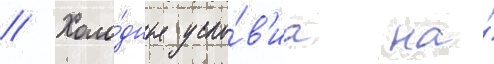
// Холо́дные усло́в'иа на́